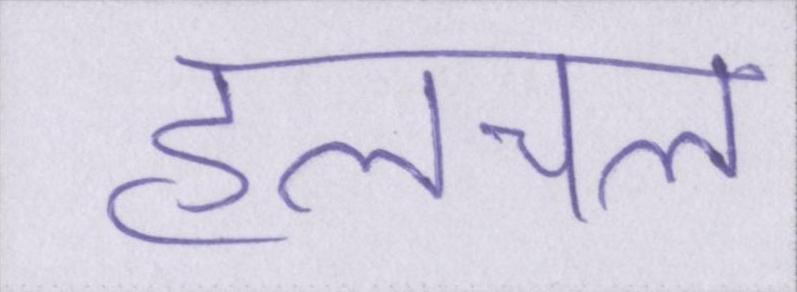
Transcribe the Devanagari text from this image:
हलचल